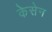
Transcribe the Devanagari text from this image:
केसेन